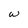
Character: W